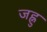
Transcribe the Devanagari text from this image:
जह्नु